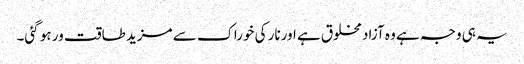
یہ ہی وجہ ہے وہ آزاد مخلوق ہے اورنار کی خوراک سے مزید طاقت ور ہو گئی۔